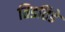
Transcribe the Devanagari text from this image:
तिडतिडे